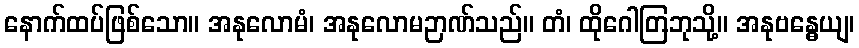
နောက်ထပ်ဖြစ်သော။ အနုလောမံ၊ အနုလောမဉာဏ်သည်။ တံ၊ ထိုဂေါတြဘုသို့။ အနုဗန္ဓေယျ၊